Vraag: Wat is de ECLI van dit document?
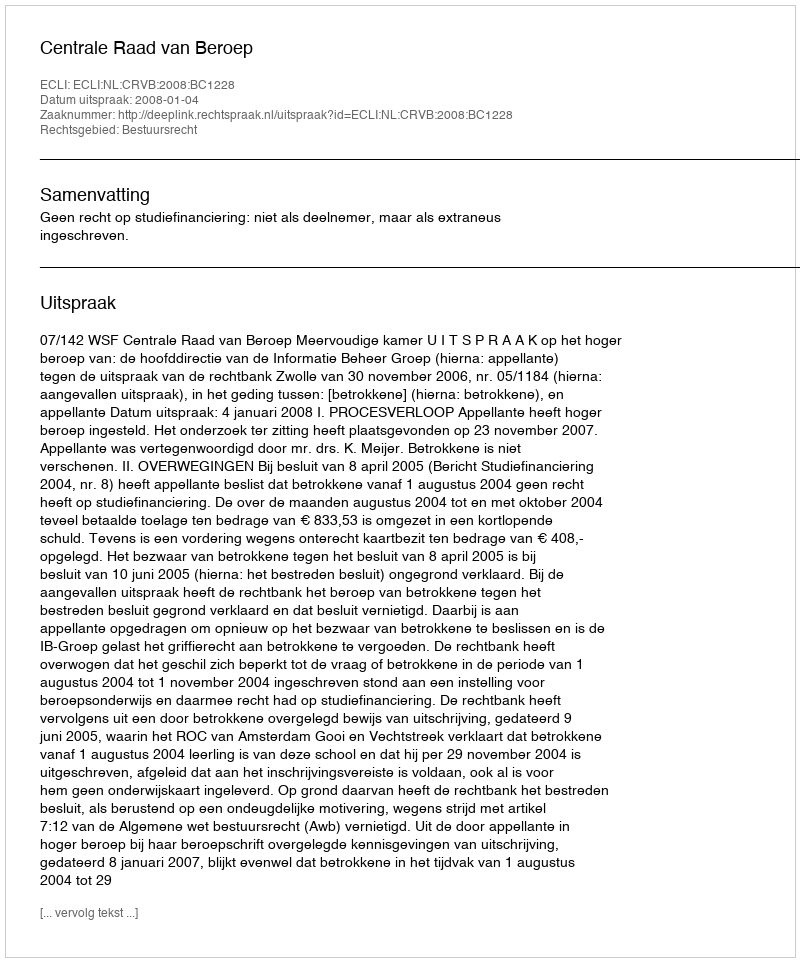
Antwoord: ECLI:NL:CRVB:2008:BC1228